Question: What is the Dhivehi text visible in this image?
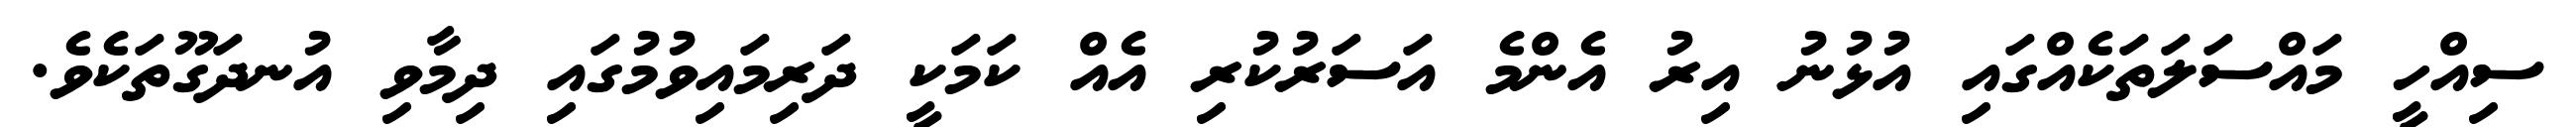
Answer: ސިއްހީ މައްސަލަތަކެއްގައި އުޅުނު އިރު އެންމެ އަސަރުކުރި އެއް ކަމަކީ ދަރިމައިވުމުގައި ދިމާވި އުނދަގޫތަކެވެ.